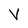
Character: V